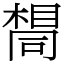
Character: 𫝛